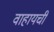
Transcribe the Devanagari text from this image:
वाहायची